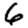
Digit: 6